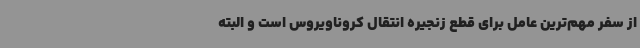
از سفر مهم‌ترین عامل برای قطع زنجیره انتقال کروناویروس است و البته